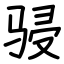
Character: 骎